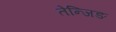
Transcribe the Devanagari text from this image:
तेन्जिङ